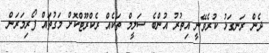
ދެން ރަނގަޅު ކުރެވޭނީ އިތުރު އުންބެ ސަލީމް ތަކެއް ރެކްރޫޓްކޮށް މަގުތައް ފޯރިމަރަން